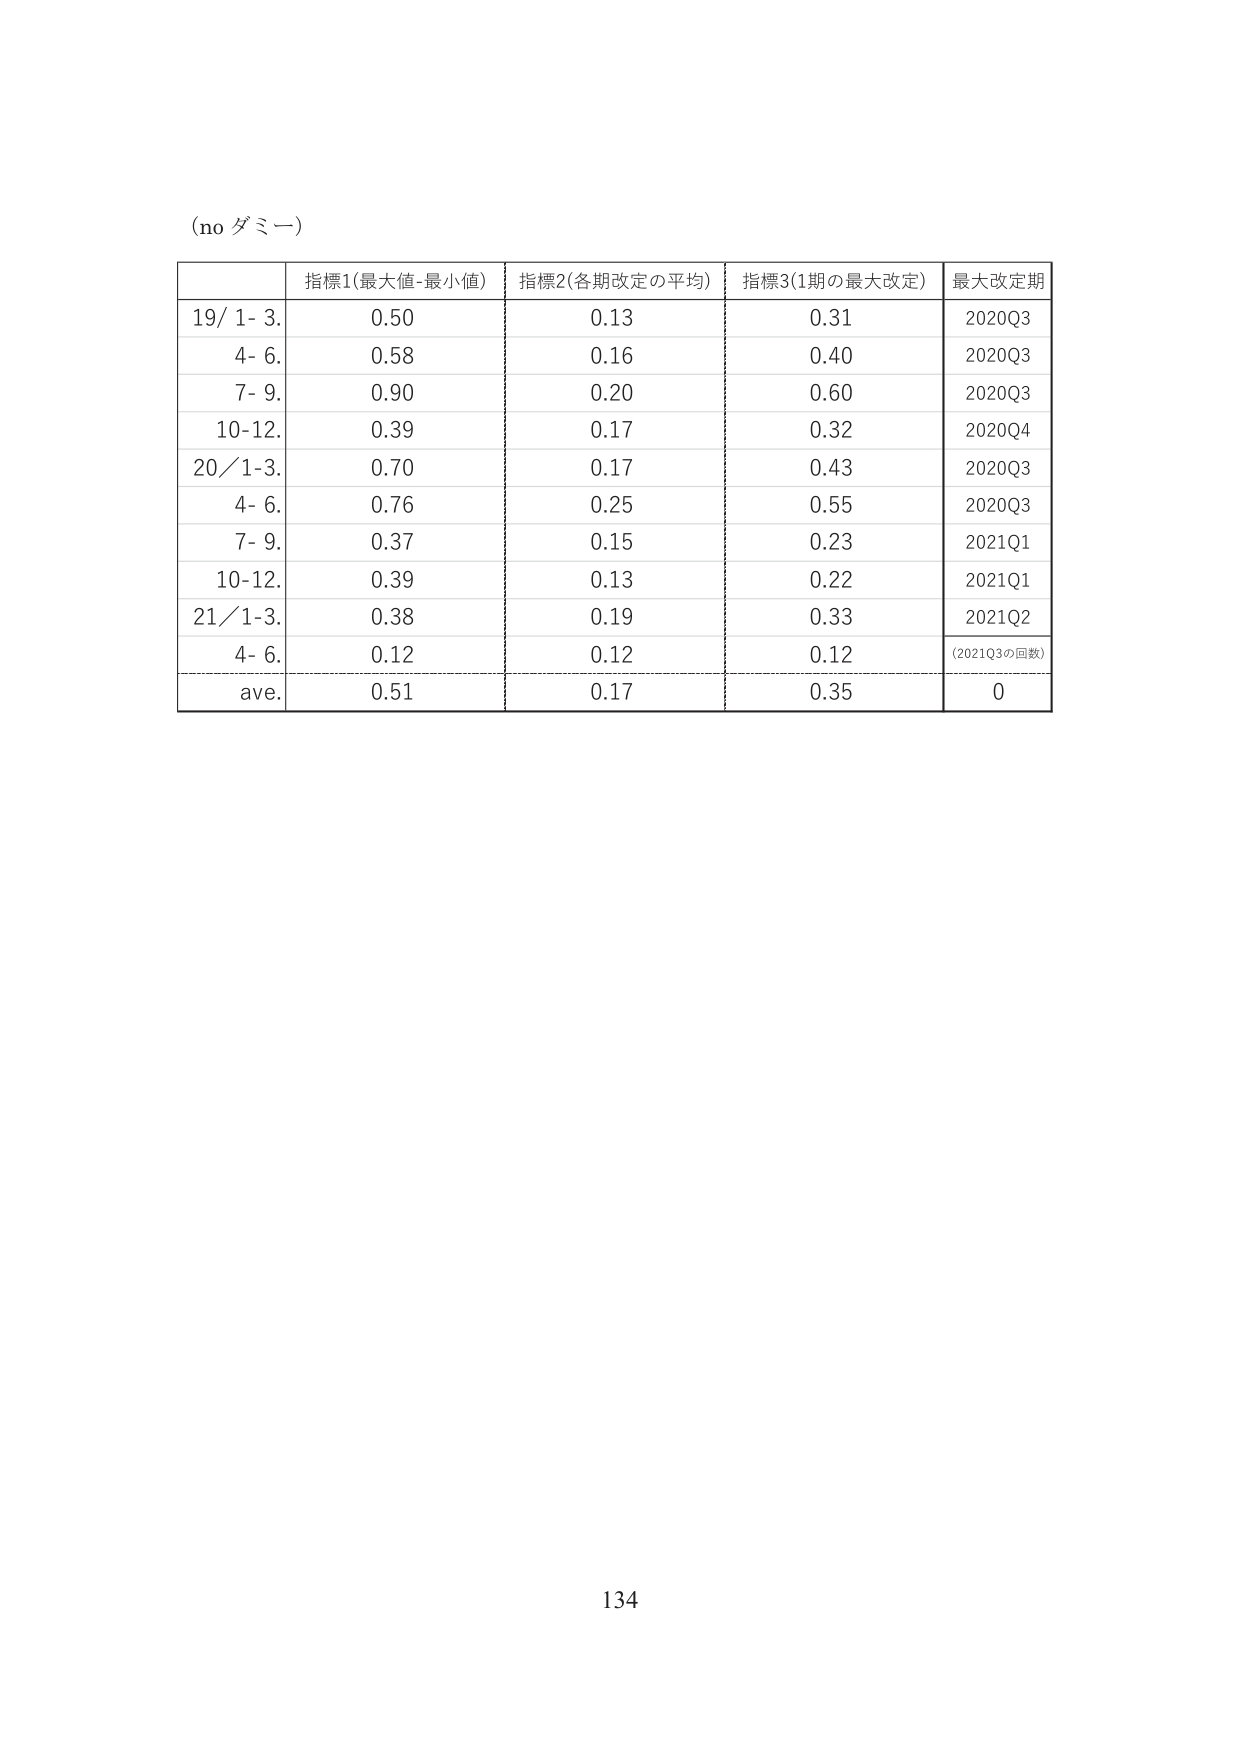
(no ダミー)

指標1(最大値-最小値) 指標2(各期改定の平均) 指標3(1期の最大改定) 最大改定期
19/ 1- 3. 0.50 0.13 0.31 2020Q3
4- 6. 0.58 0.16 0.40 2020Q3
7- 9. 0.90 0.20 0.60 2020Q3
10-12. 0.39 0.17 0.32 2020Q4
20/1-3. 0.70 0.17 0.43 2020Q3
4- 6. 0.76 0.25 0.55 2020Q3
7- 9. 0.37 0.15 0.23 2021Q1
10-12. 0.39 0.13 0.22 2021Q1
21/1-3. 0.38 0.19 0.33 2021Q2
4- 6. 0.12 0.12 0.12 (2021Q3の回数)
ave. 0.51 0.17 0.35 0

134